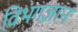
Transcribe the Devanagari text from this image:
विभंगज्ञान